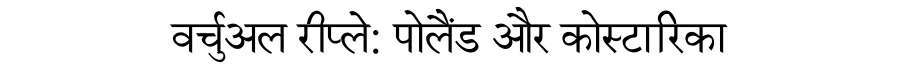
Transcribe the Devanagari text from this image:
वर्चुअल रीप्ले: पोलैंड और कोस्टारिका